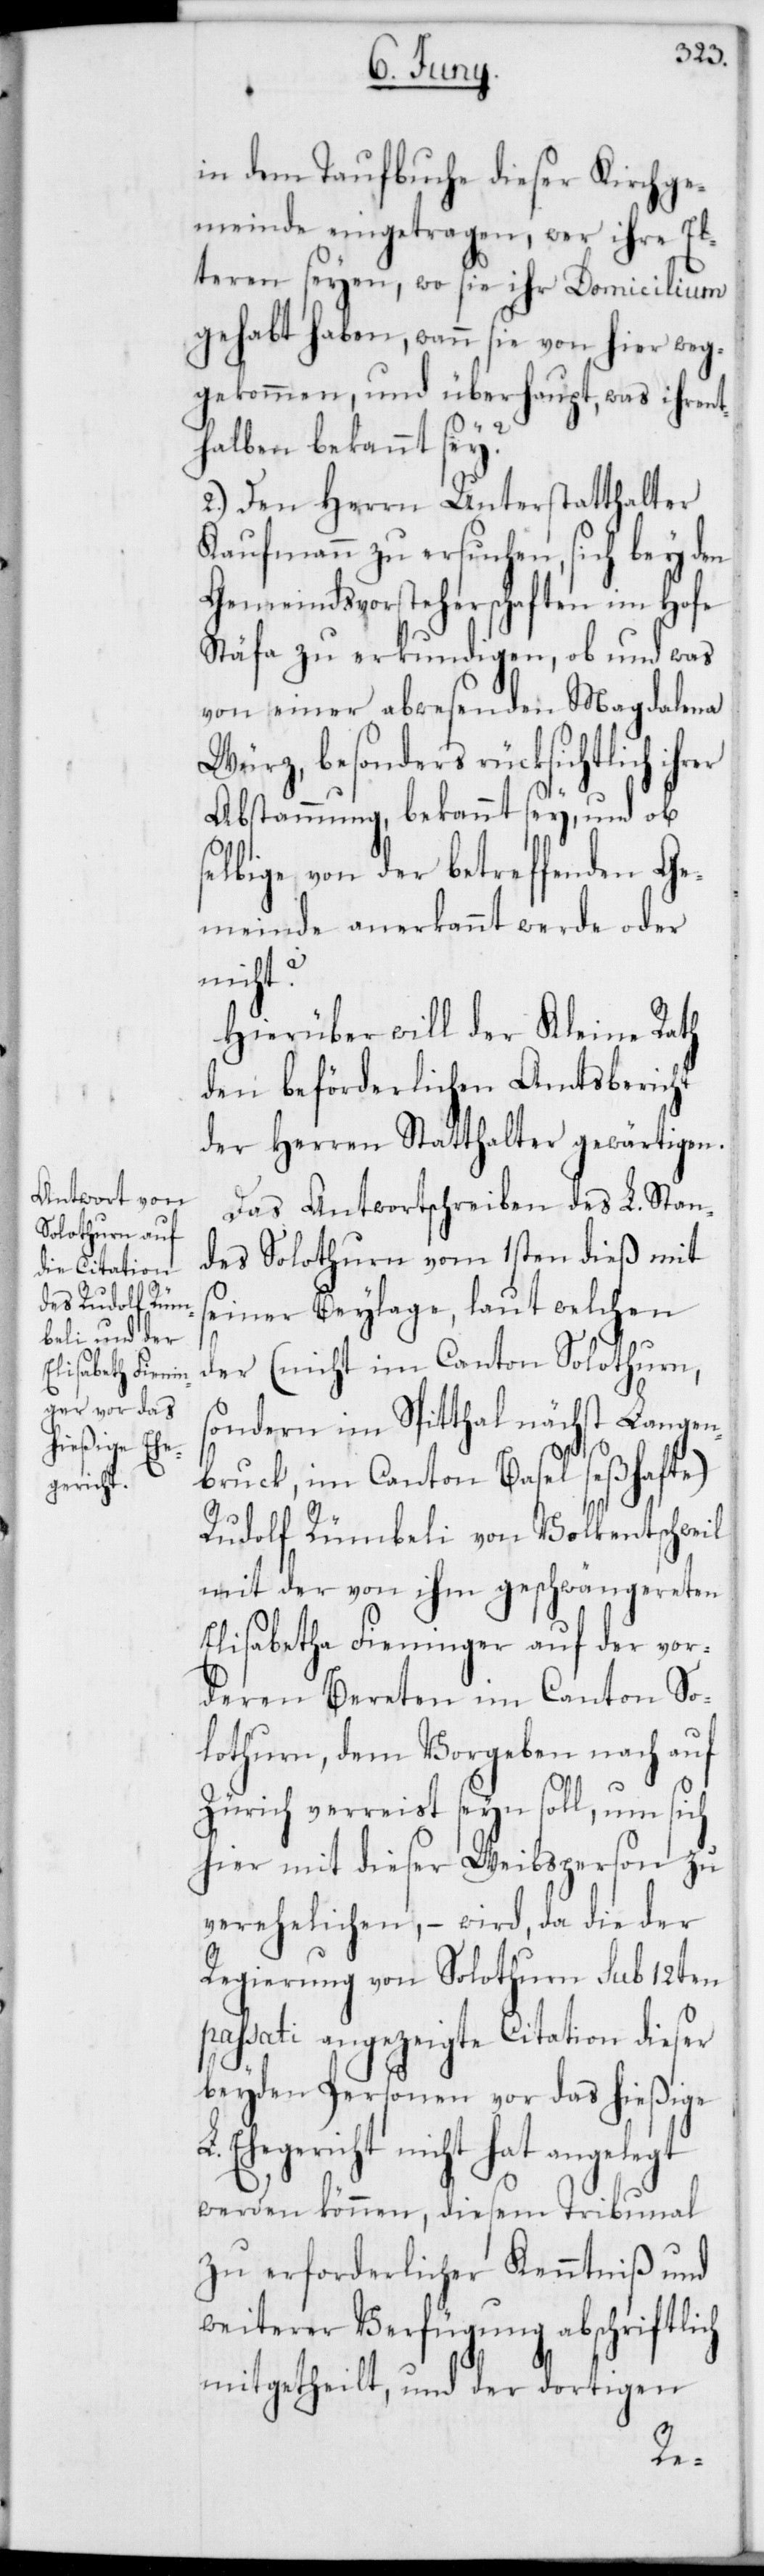
in dem Taufbuche dieser Kirchge¬
meinde eingetragen, wer ihre El¬
teren seyen, wo sie ihr Domicilium
gehabt haben, wann sie von hier weg¬
gekommen, und überhaupt, was ihrent¬
halben bekannt sey?
2.) Den Herrn Unterstatthalter
Kaufmann zu ersuchen, sich bey den
Gemeindsvorsteherschaften im Hofe
Stäfa zu erkundigen, ob und was
von einer abwesenden Magdalena
Würz, besonders rücksichtlich ihrer
Abstammung bekannt sey, und ob
selbige von der betreffenden Ge¬
meinde anerkannt werde oder
nicht?
Hierüber will der Kleine Rath
den beförderlichen Amtsbericht
der Herren Statthalter gewärtigen.
Das Antwortschreiben des L. Stan¬
des Solothurn vom 1sten dieß mit
seiner Beylage, laut welchen
der (nicht im Canton Solothurn,
sondern im Spitthal nächst Langen¬
bruck, im Canton Basel seßhafte)
Rudolf Rümbeli von Volkentschweil
mit der von ihm geschwängereten
Elisabetha Fieninger auf der vor¬
deren Bereten im Canton So¬
lothurn, dem Vorgeben nach auf
Zürich verreist seyn soll, um sich
hier mit dieser Weibsperson zu
verehelichen, – wird, da die der
Regierung von Solothurn sub 12ten
passati angezeigte Citation dieser
beyden Personen vor das hießige
Ehegericht nicht hat angelegt
werden können, diesem Tribunal
zu erforderlicher Kenntniß und
weiterer Verfügung abschriftlich
mitgetheilt, und der dortigen